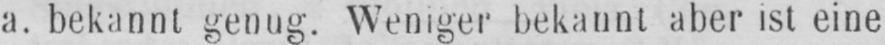
a. bekannt genug. Weniger bekannt aber ist eine